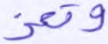
وتعز